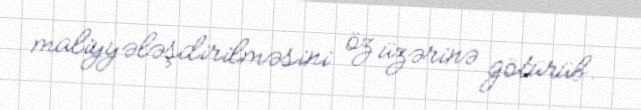
maliyyələşdirilməsini öz üzərinə götürüb.